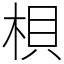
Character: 梖